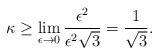
LaTeX: \begin{align*} \kappa \ge \lim_{\epsilon\to0} \frac{\epsilon^2}{\epsilon^2 \sqrt{3}} = \frac{1}{\sqrt{3}}.\end{align*}